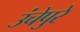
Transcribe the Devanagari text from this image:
उंचेपुरे